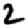
Digit: 2